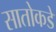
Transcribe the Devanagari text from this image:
सातोकडे